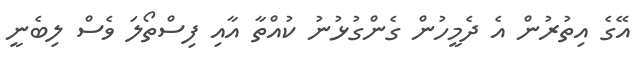
އޭގެ އިތުރުން އެ ދެމީހުން ގެންގުޅުނު ކުއްތާ އާއި ފިސްތޯލަ ވެސް ލިބެނީ